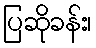
ပြဆိုခန်း၊